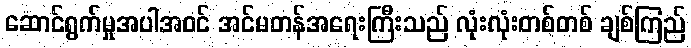
ဆောင်ရွက်မှုအပါအဝင် အင်မတန်အရေးကြီးသည် လုံးလုံးတစ်တစ် ချစ်ကြည်